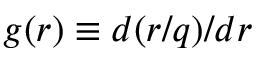
g ( r ) \equiv d ( r / q ) / d r